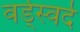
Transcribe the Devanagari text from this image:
वर्ड्स्वर्द